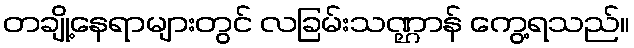
တချို့နေရာများတွင် လခြမ်းသဏ္ဌာန် ကွေ့ရသည်။